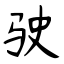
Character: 驶